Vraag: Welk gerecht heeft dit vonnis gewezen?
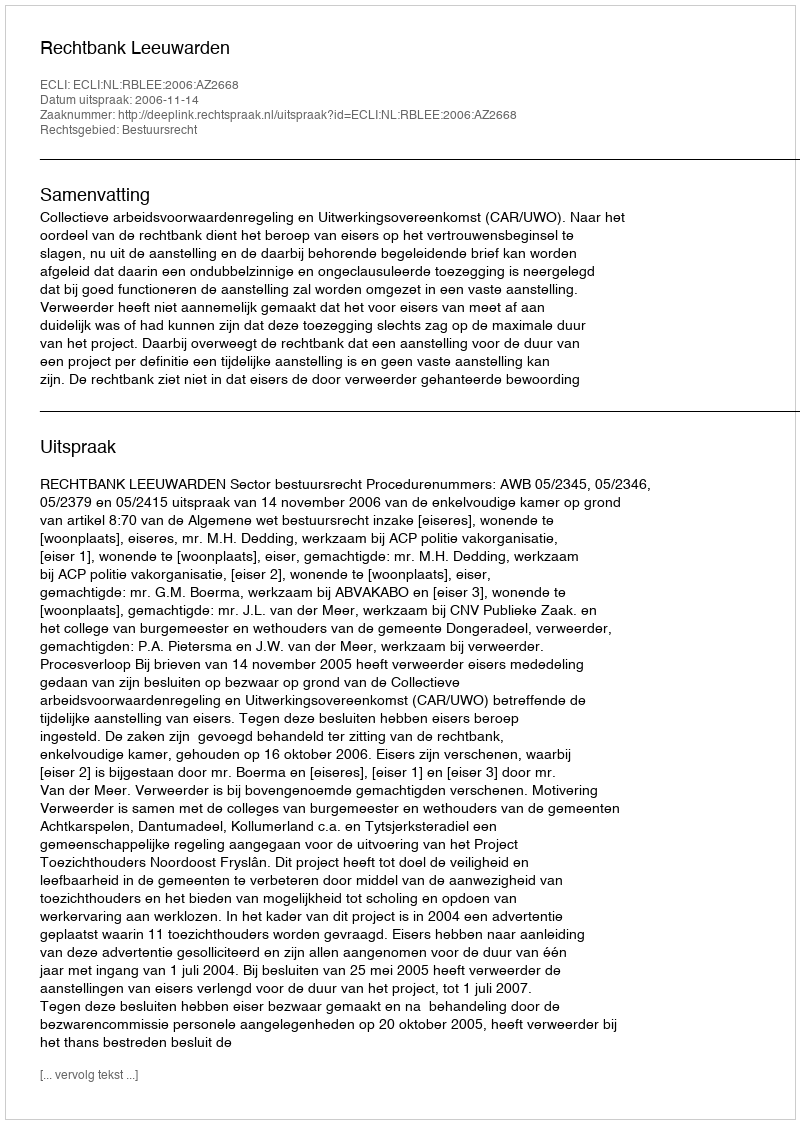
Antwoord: Rechtbank Leeuwarden